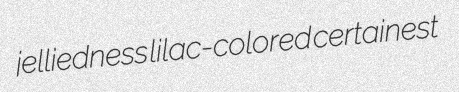
jelliedness lilac-colored certainest